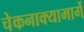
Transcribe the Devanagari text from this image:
चेकनाक्यामार्गे